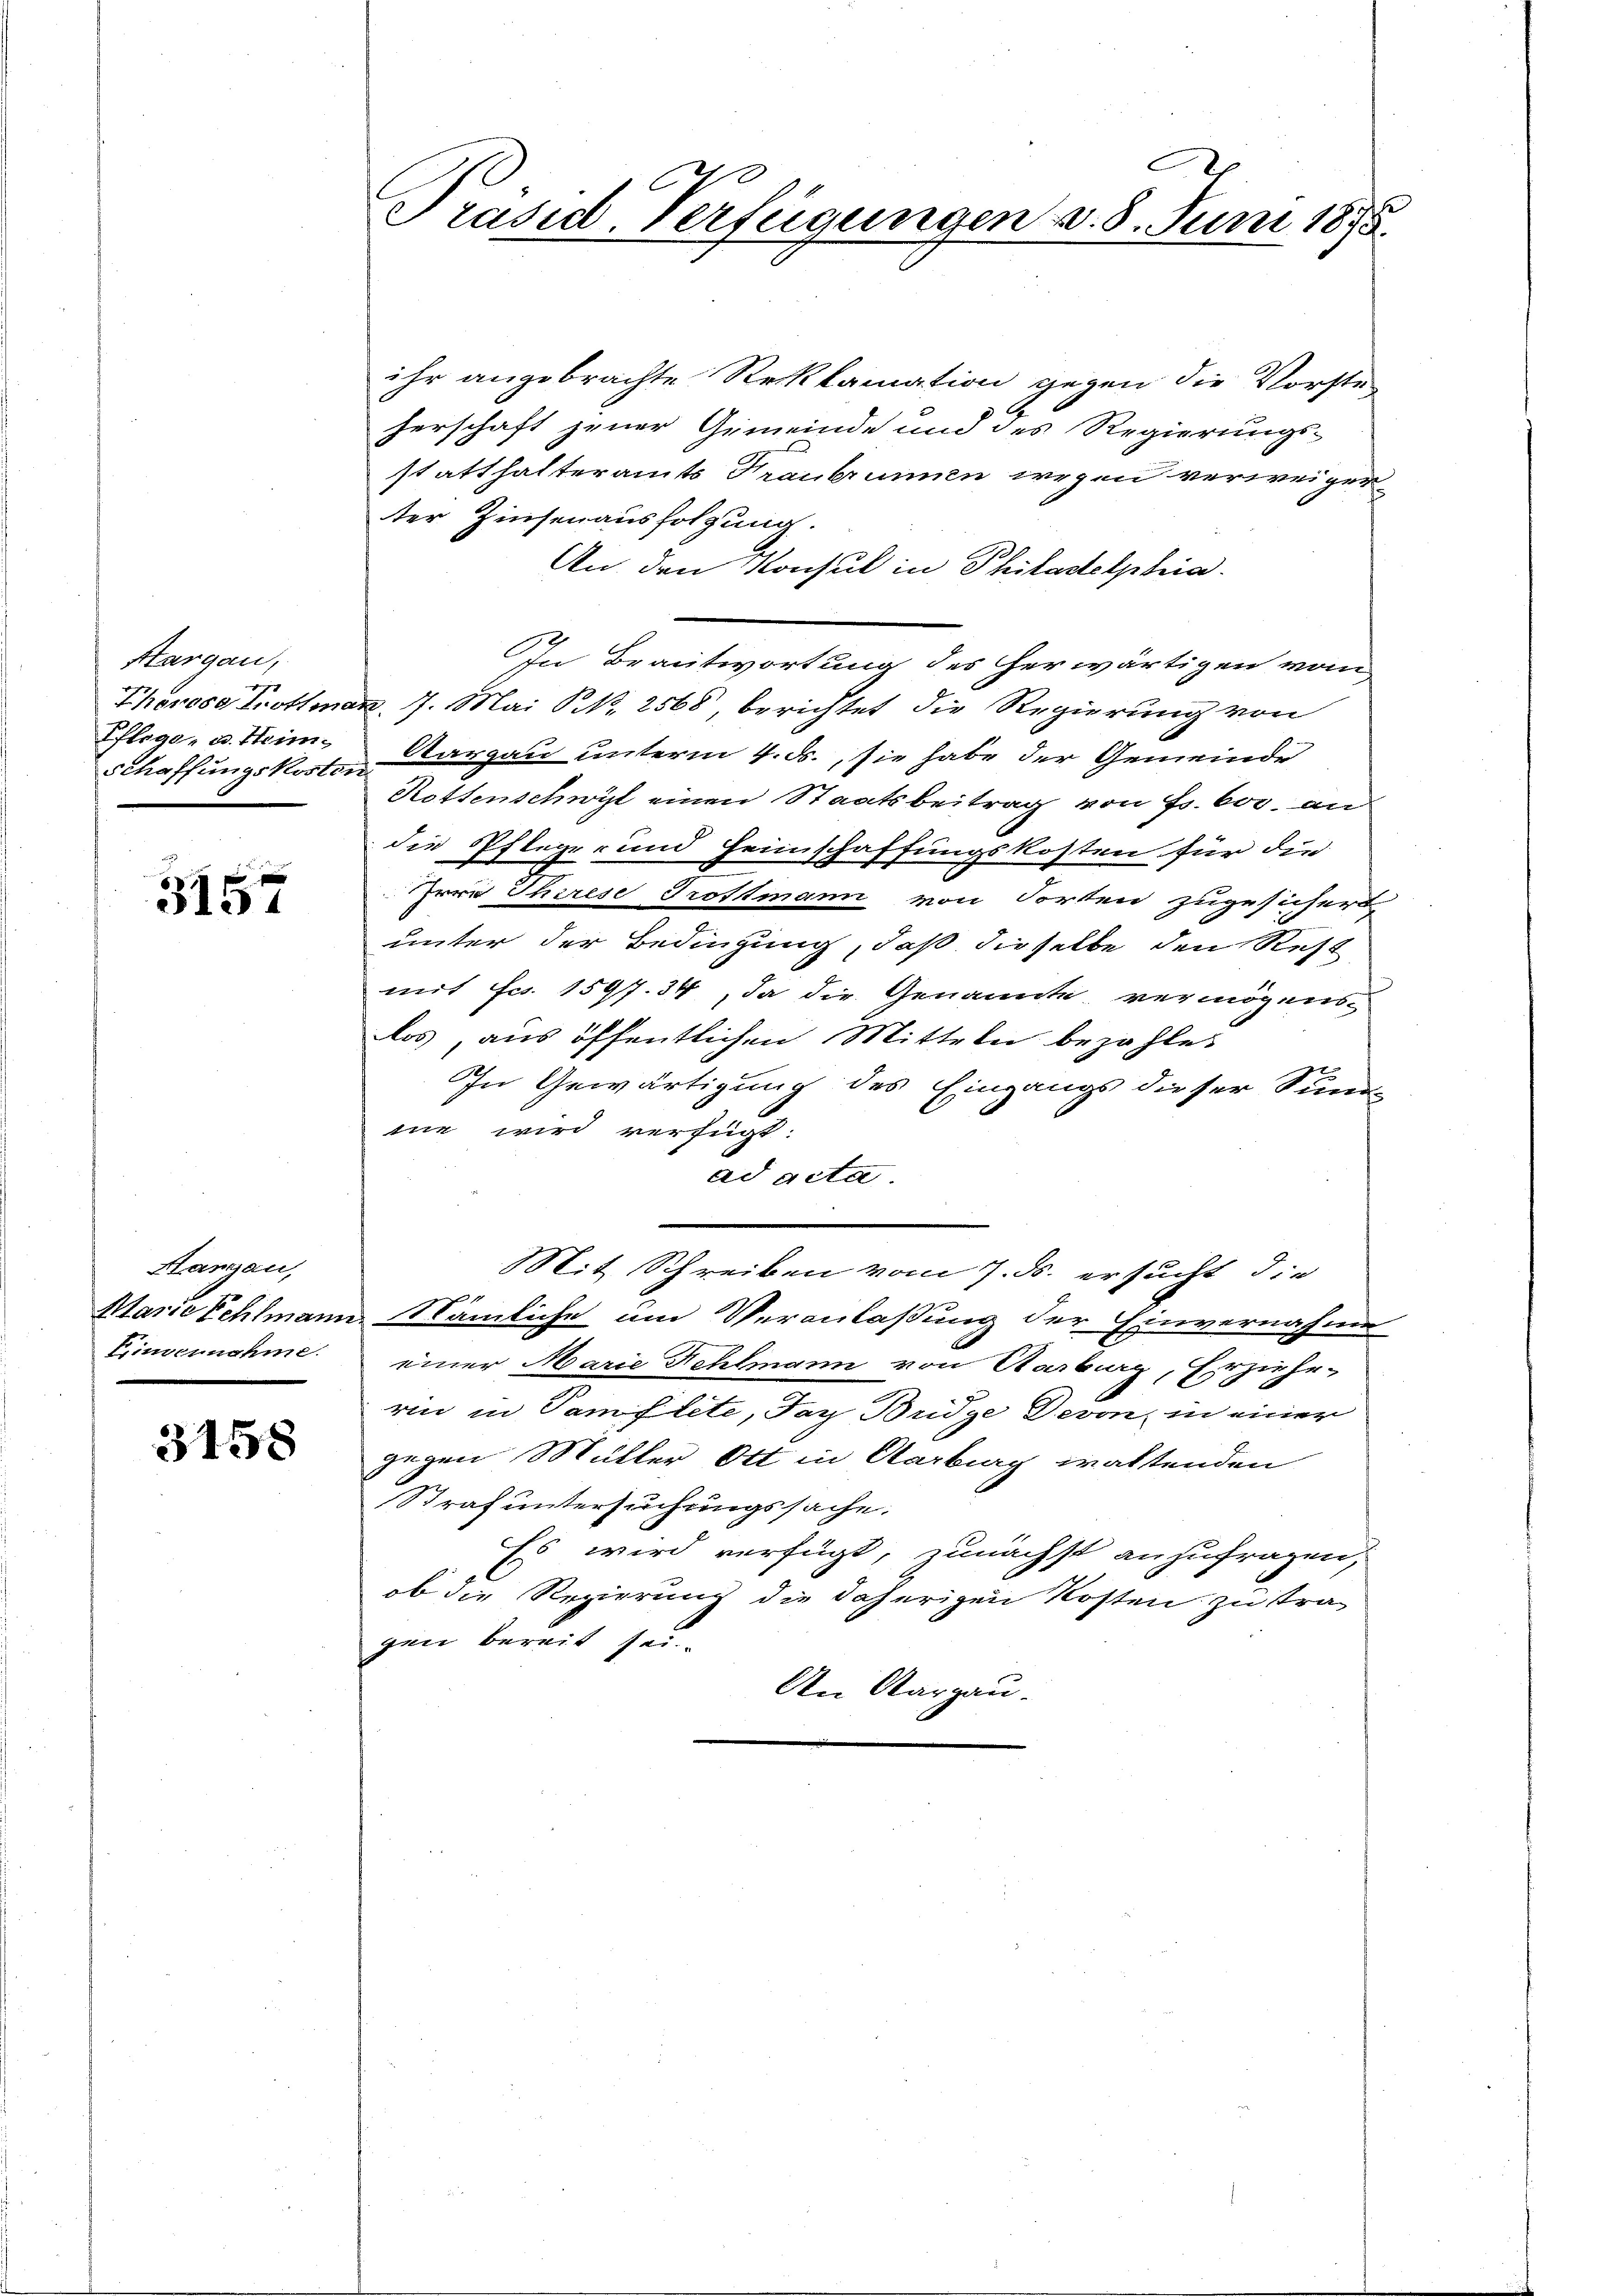
Hargau,
Pflege, u. Heim.
Schaffungskosten

313.

Hangau,
Eimernahme.

3158

Präsid-Verfügungen v. 8. Juni 1875.

ihr angebrachte Reklamation gegen die Vorsteherschaft jener Gemeinde und des Regierungs-
statthalteramts Traubrunnen wegen verweiger
ter Zinsenausfolgung.
An den Konsul in Philadelphia
In Beantwortung des herwärtigen vom
Thörosa Trottman, 7. Mai N. N. 2568, berichtet die Regierung von
Aargau unterm 4. ds., sie habe der Gemeinde
Rottenschwyl einen Staatsbeitrag von Fr. 600. an
die Pflege- und Heimschaffungskosten für die
Irre Therese Trottmann von dorten zugesichert
unter der Bedingung, daß dieselbe den Rest
mit fcs. 1597. 34, da die Genannte vermögens-
los, aus öffentlichen Mitteln bezahles
In Gewärtigung des Eingangs dieser Sum-
me wird verfügt:
ad acta.
Mit Schreiben vom 7. ds. ersucht, die
Marie Schlmann Nämliche um Veranlaßung der Einvernahme
einer Marie Fehlmann von Aarburg, Erziehe-
rin in Tamflete, Tay Büdge Devon in einer
gegen Müller Ott in Aarburg waltenden
Strafuntersuchungssache.
Es wird verfügt, zunächst anzufragen,
ob die Regierung die daherigen Kosten zu tragen bereit sei
An Aargau.